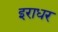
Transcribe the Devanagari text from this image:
इराधर